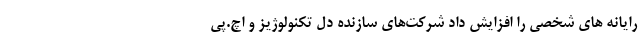
رایانه ‌های شخصی را افزایش داد شرکت‌های سازنده دل تکنولوژیز و اچ.پی